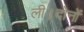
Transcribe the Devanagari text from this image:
ली।दोनों